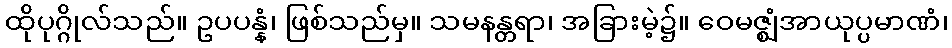
ထိုပုဂ္ဂိုလ်သည်။ ဥပပန္နံ၊ ဖြစ်သည်မှ။ သမနန္တရာ၊ အခြားမဲ့၌။ ဝေမဇ္ဈံအာယုပ္ပမာဏံ၊